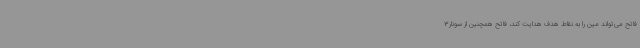
فاتح می‌تواند مین را به نقاط هدف هدایت کند، فاتح همچنین از سونار3